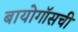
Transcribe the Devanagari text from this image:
बायोगॉसची